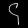
Digit: ၄